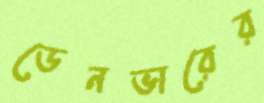
ডেনভারের